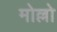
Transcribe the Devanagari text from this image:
मोल्लो